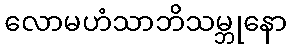
လောမဟံသာဘိသမ္ဘုနော